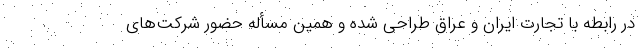
در رابطه با تجارت ایران و عراق طراحی شده و همین مسأله حضور شرکت‌های